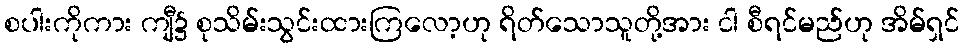
စပါးကိုကား ကျီ၌ စုသိမ်းသွင်းထားကြလော့ဟု ရိတ်သောသူတို့အား ငါ စီရင်မည်ဟု အိမ်ရှင်